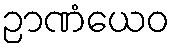
ဉာဏံယေဝ